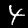
Digit: 4